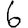
Digit: 6